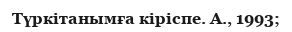
Түркітанымға кіріспе. А., 1993;